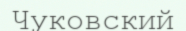
Чуковский